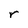
Character: r